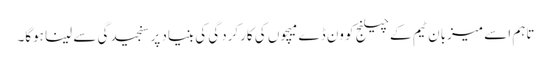
تاہم اسے میزبان ٹیم کے چیلنج کو ون ڈے میچوں کی کارکردگی کی بنیاد پر سنجیدگی سے لینا ہوگا۔